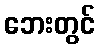
ဘေးတွင်